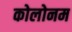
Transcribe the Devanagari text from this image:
कोलोनम